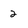
Character: 2